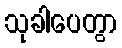
သုခါပေတွာ